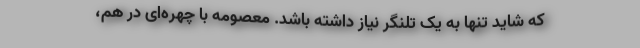
که شاید تنها به یک تلنگر نیاز داشته باشد. معصومه با چهره‌ای در هم،